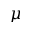
\mu